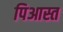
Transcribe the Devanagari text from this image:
पिआस्त